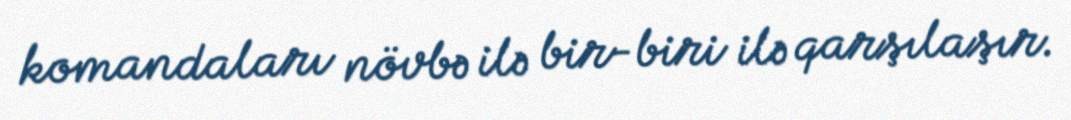
komandaları növbə ilə bir-biri ilə qarşılaşır.